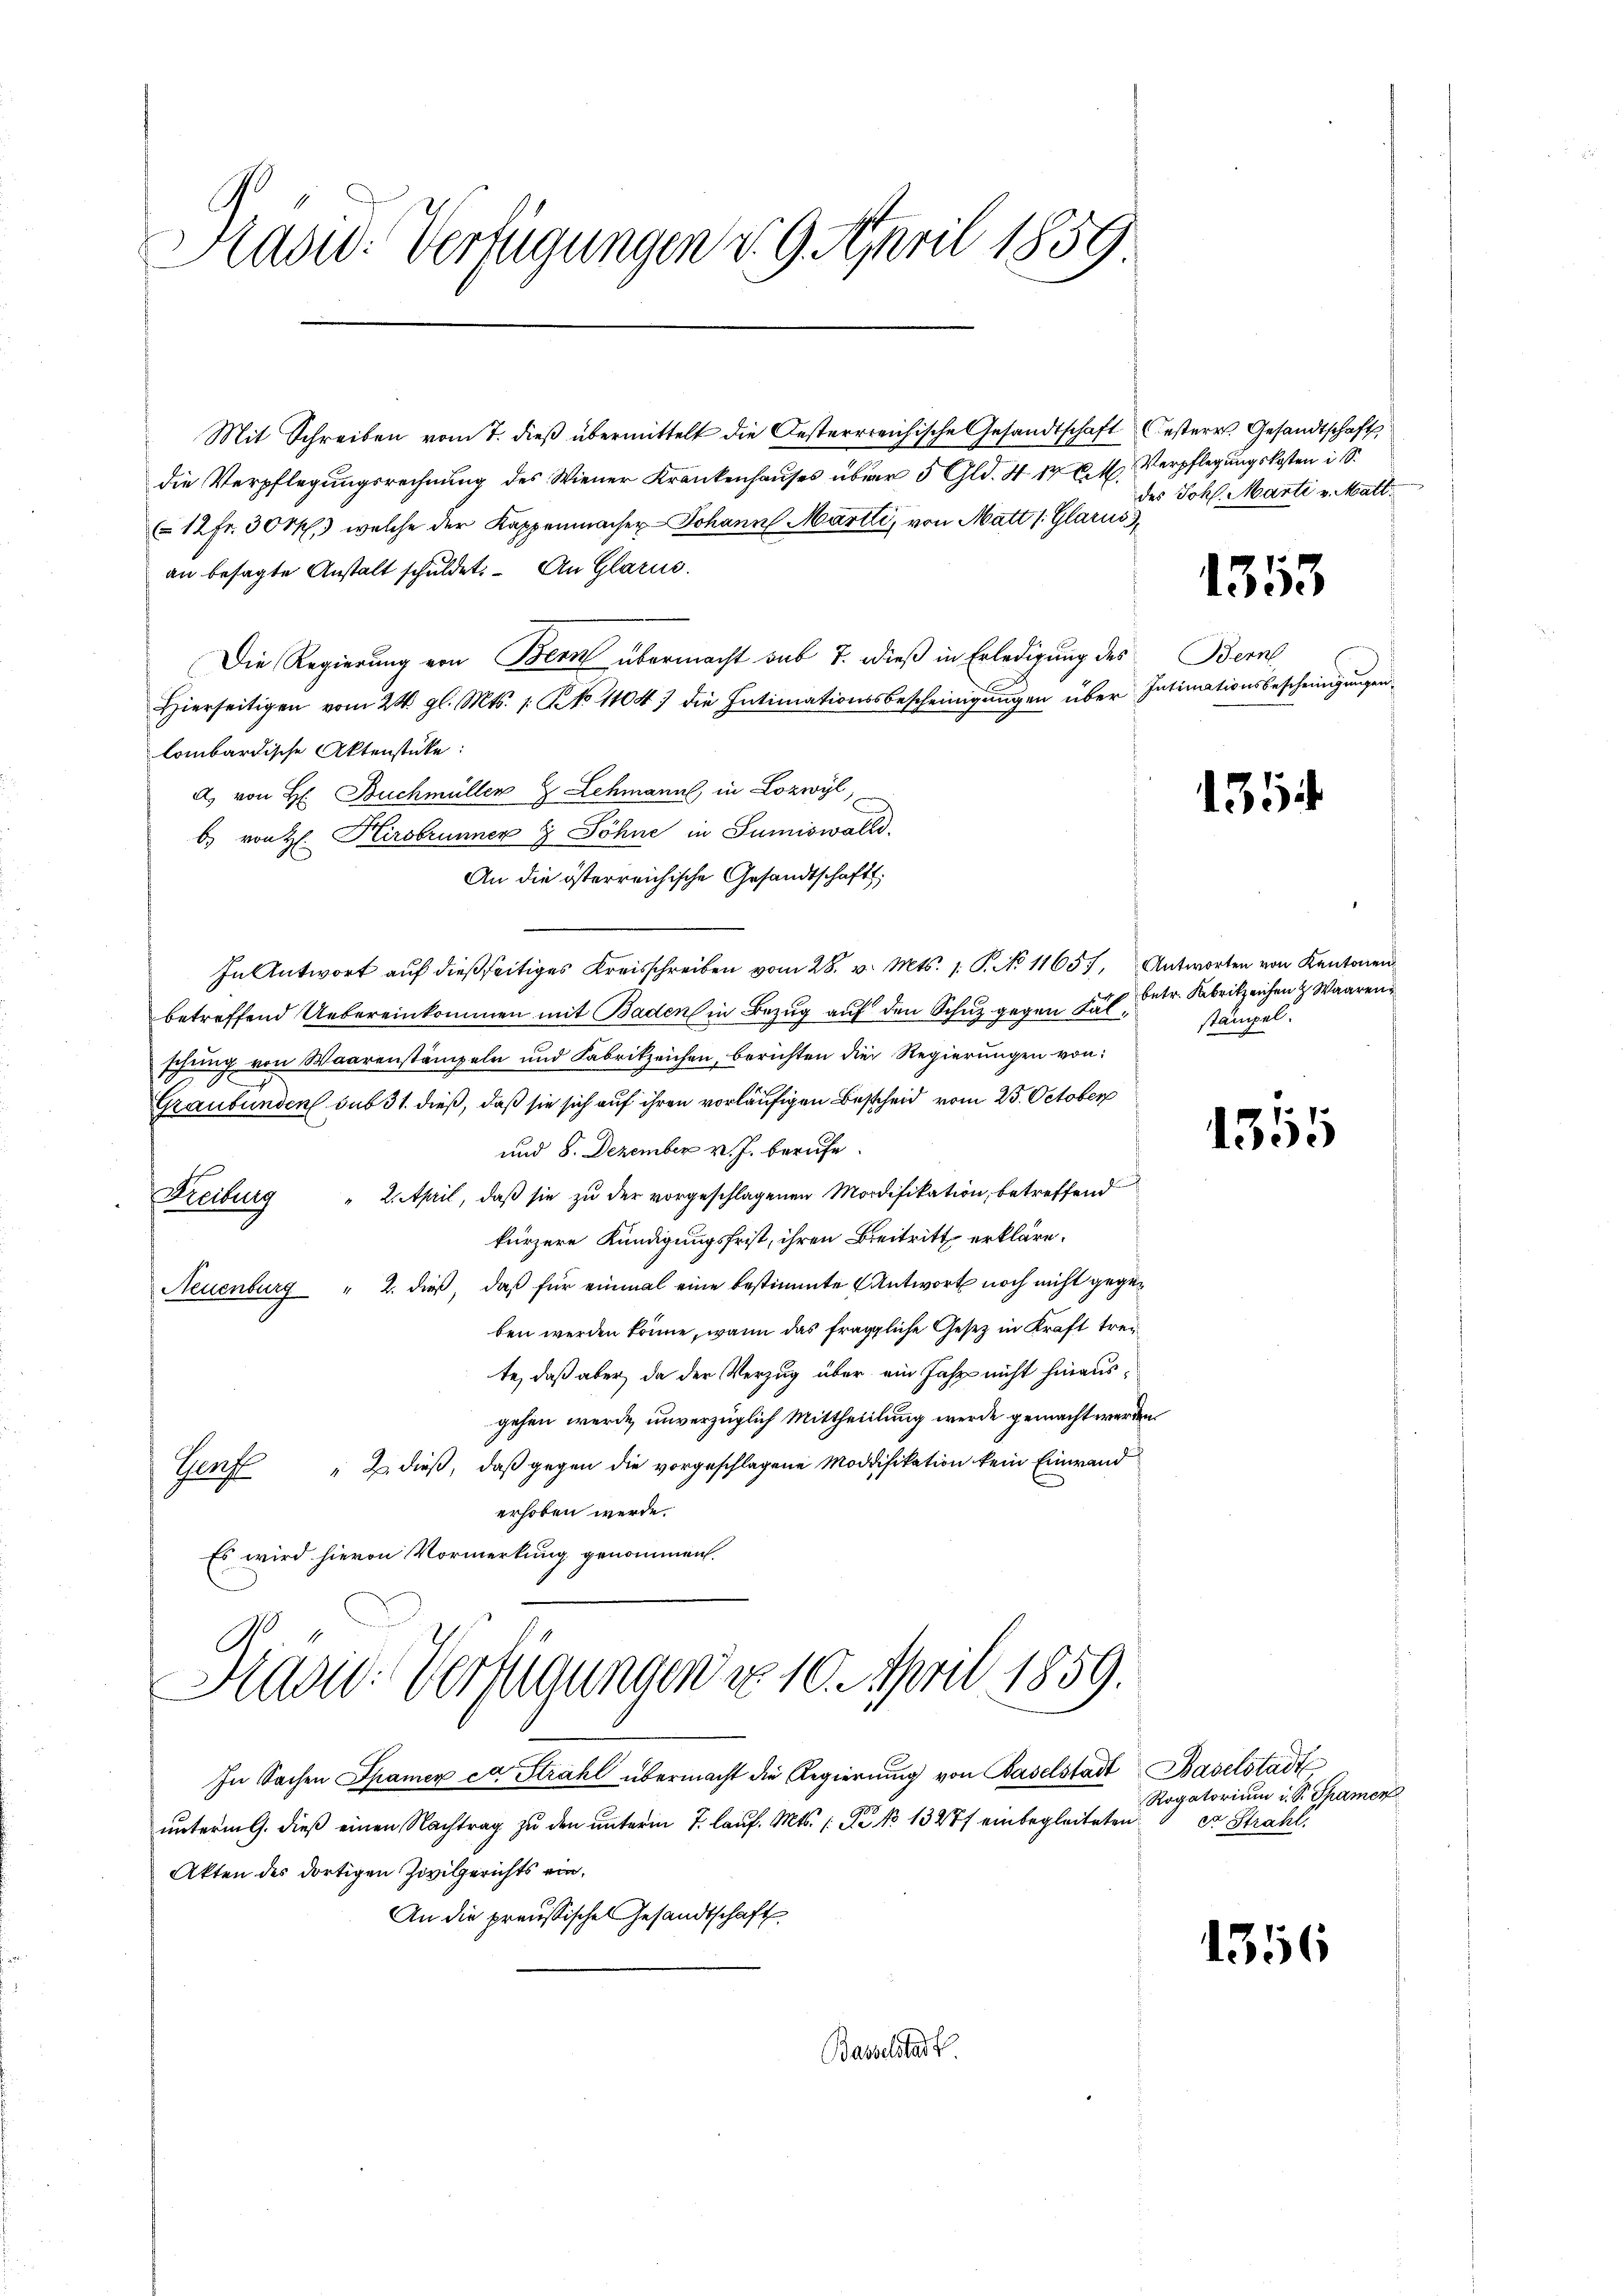
Hasid. Verfügungen v. 9. April 1859

Mit Schreiben vom 7. dieß übermittelt die Oesterrreichische Gesandtschaft Oesterr. Gesandtschaft
die Verpflegungsrechnung des Wiener Krankenhauses über 5 Gld. S. 14 Al. Verpflegungskosten i. S.
12fr. 30 M. welche der Kappenmacher Johann Martti, von Matt 1. Glarus,
an besagte Anstalt schuldet. An Glarus.
Die Regierung von Bern übermacht sub 7. dieß in Erledigung des Berne
Hierseitigen vom 24. gl. Mts. 1. No. 11047 die Intimationsbescheinigŭngen über Intinationsbescheinigŭngen
lombardische Aktenstücke:
a. von H. Buchmüller 2 Lehmann, in Lozwyl
b) von H. Hirsbrunnen 7 Söhne in Sumiswalls.
An die österreichische Gesandtschafts
In Antwort aŭf dießseitiges Kreisschreiben vom 28. v. Mts. 1. P. No 11657. Antworten von Kantonen
betreffend Uebereinkommen mit Baden in Bezug auf den Schuz gegen Fälschung von Waarenstämpeln und Fabrikzeichen, berichten die Regierungen von:
Graubünden sub 31. dieß, daß sie sich auf ihren vorläufigen Bescheid vom 25. October
und 8. Dezember v. J. berufe.
Freiburg " 2. April, daß sie zu der vorgeschlagenen Modifikation, betreffend
kürzere Kündigungsfrist, ihren Beitritt erkläre.
Neuenburg " 2. dieß, daß für einmal eine bestimmte Antwort noch nicht gegeben werden könne, wann das fragliche Gesetz in Kraft trete, daß aber, da der Verzug über ein Jahr nicht hinausgehen werde, unverzüglich Mittheilung werde gemacht werden.
Genf " Z. dieß, daß gegen die vorgeschlagene Modifikation kein Einwand
erhoben werde.
Es wird hievon Vormerkung genommen.
Kravić-Verfügungen d. 10. April 1859.
In Sachen Spamer ca Strahl übermacht die Regierŭng von Baselstadt Baselstadt
unterml. dieß einen Nachtrag zu den unterm 7. lauf. Mts. (Pr No 13277 einbegleiteten
Akten des dortigen Zivilgerichts ein¬
An die preussischen Gesandtschaft

Basselstadt

des Joh. Marti v. Matt.

1353

1354

betr. Fabrikzeichen Waaren
stämpel.

1315

Rogatorium d. S. Spamen
er Strahl.

1356